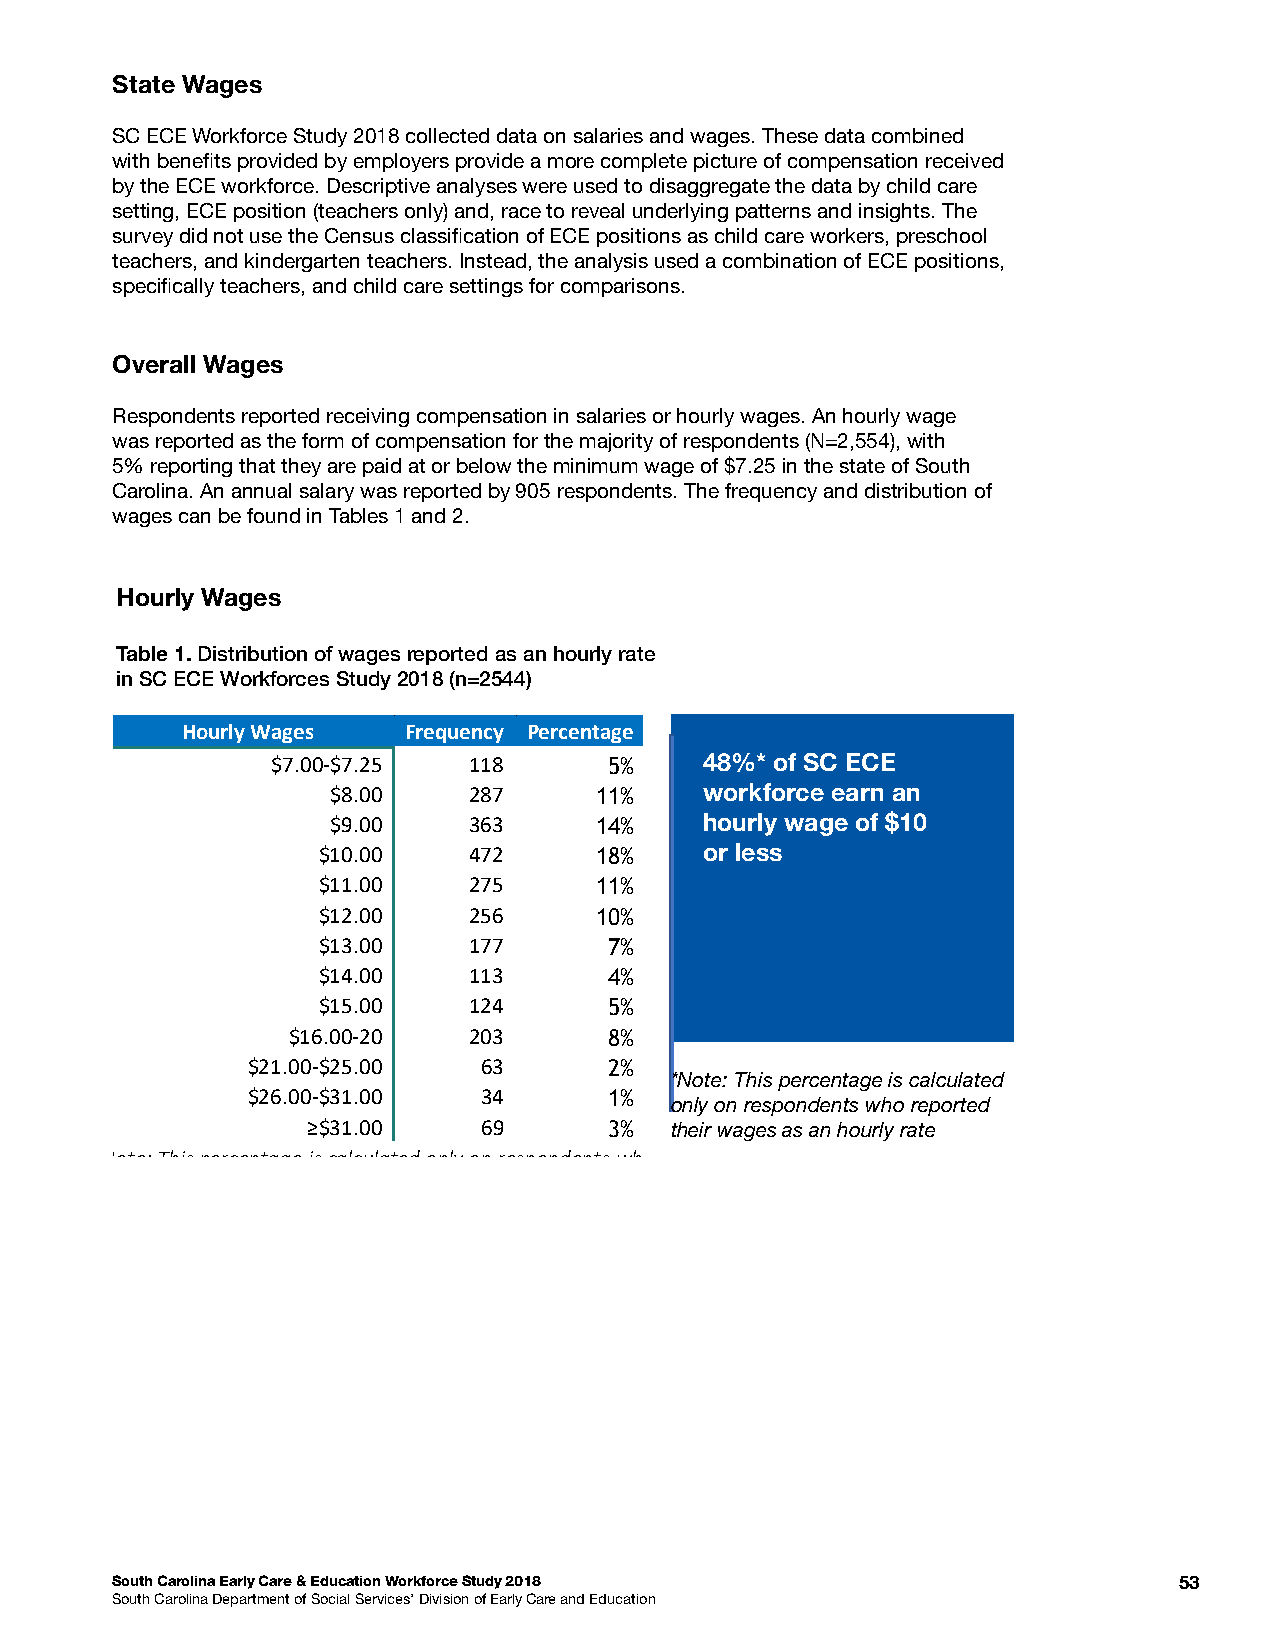
State Wages
 SC ECE Workforce Study 2018 collected data on salaries and wages. These data combined
 with benefts provided by employers provide a more complete picture of compensation received
 by the ECE workforce. Descriptive analyses were used to disaggregate the data by child care
 setting, ECE position (teachers only) and, race to reveal underlying patterns and insights. The
 survey did not use the Census classifcation of ECE positions as child care workers, preschool
 teachers, and kindergarten teachers. Instead, the analysis used a combination of ECE positions,
 specifcally teachers, and child care settings for comparisons.
 Overall Wages
 Respondents reported receiving compensation in salaries or hourly wages. An hourly wage
 was reported as the form of compensation for the majority of respondents (N=2,554), with
 5% reporting that they are paid at or below the minimum wage of $7.25 in the state of South
 Carolina. An annual salary was reported by 905 respondents. The frequency and distribution of
 wages can be found in Tables 1 and 2.
 Hourly Wages
 Table 1. Distribution of wages reported as an hourly rate
 in SC ECE Workforces Study 2018 (n=2544)
 Hourly Wages   Frequency Percentage
 $7.00-$7.25  118      5%     48%* of SC ECE
 $8.00    287     11%     workforce earn an
 $9.00    363     14%     hourly wage of $10
 $10.00    472     18%     or less
 $11.00    275     11%
 $12.00    256     10%
 $13.00    177      7%
 $14.00    113      4%
 $15.00    124      5%
 $16.00-20   203      8%
 $21.00-$25.00   63      2%
 *Note: This percentage is calculated
 $26.00-$31.00   34      1%
 only on respondents who reported
 ≥$31.00     69      3%  their wages as an hourly rate
 *Note: This percentage is calcu lated only on respondents who
 South Carolina Early Care & Education Workforce Study 2018             53
 South Carolina Department of Social Services’ Division of Early Care and Education